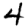
Digit: 4